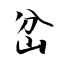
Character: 岔